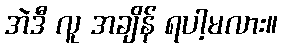
အဲဒီ လူ အချိန် ရပါ့မလား။